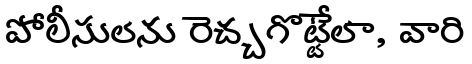
పోలీసులను రెచ్చగొట్టేలా, వారి